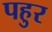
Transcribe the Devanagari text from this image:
पहुर